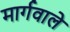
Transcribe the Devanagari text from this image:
मार्गवाले